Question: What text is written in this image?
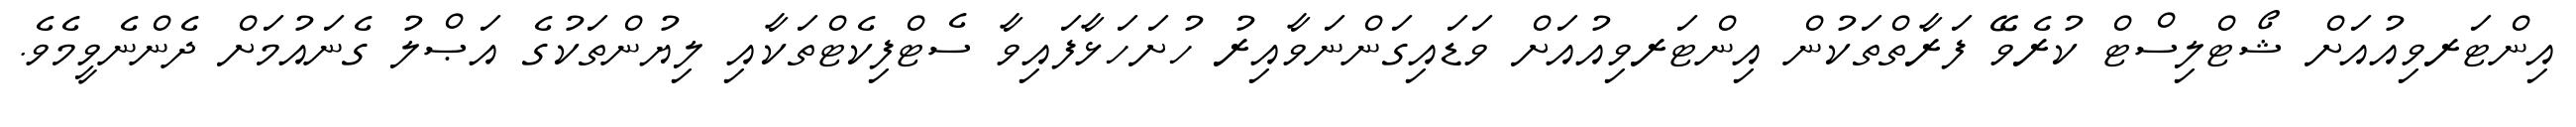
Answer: އިންޓަރވިއުއަށް ޝޯޓްލިސްޓް ކުރެވޭ ފަރާތްތަކުން އިންޓަރވިއުއަށް ވަޑައިގަންނަވާއިރު ހުށަހަޅާފައިވާ ސެޓްފިކެޓްތަކާއި ލިޔުންތަކުގެ އަޞްލު ގެނައުމަށް ދެންނެވީމެވެ.